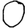
Digit: 0